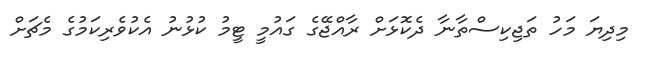
މިދިޔަ މަހު ތަޖިކިސްތާނާ ދެކޮޅަށް ރާއްޖޭގެ ގައުމީ ޓީމު ކުޅުނު އެކުވެރިކަމުގެ މެޗަށް